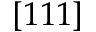
[ 1 1 1 ]